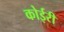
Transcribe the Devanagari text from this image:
कोईरी